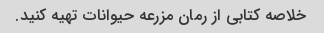
خلاصه کتابی از رمان مزرعه حیوانات تهیه کنید.